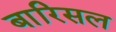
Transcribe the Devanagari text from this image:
बारिसल